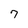
Character: 7